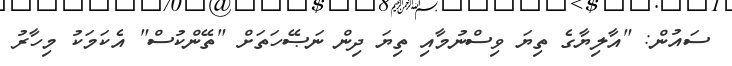
ސައުން: "އާލިޔާގެ ތިޔަ ވިސްނުމާއި ތިޔަ ދިން ނަޞޭހަތަށް "ތޭންކުސް" އެކަމަކު މިހާރު